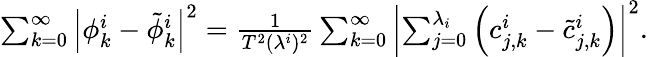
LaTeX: \begin{array}{r}{\sum_{k=0}^{\infty}\left|\phi_{k}^{i}-\tilde{\phi}_{k}^{i}\right|^{2}=\frac{1}{T^{2}(\lambda^{i})^{2}}\sum_{k=0}^{\infty}\left|\sum_{j=0}^{\lambda_{i}}\left(c_{j,k}^{i}-\tilde{c}_{j,k}^{i}\right)\right|^{2}.}\end{array}